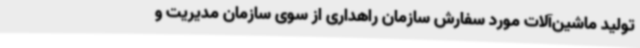
تولید ماشین‌آلات مورد سفارش سازمان راهداری از سوی سازمان مدیریت و